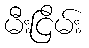
မီးငြိမ်း